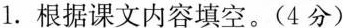
1.根据课文内容填空。(4分)